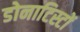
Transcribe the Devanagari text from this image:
डोनाटिस्टों